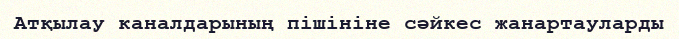
Атқылау каналдарының пішініне сәйкес жанартауларды